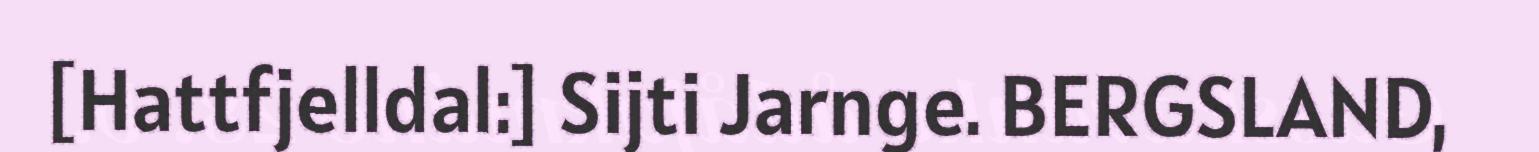
[Hattfjelldal:] Sijti Jarnge. BERGSLAND,